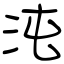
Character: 沌